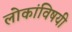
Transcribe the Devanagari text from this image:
लोकांविषयी